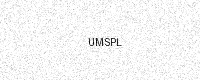
Text: UMSPL